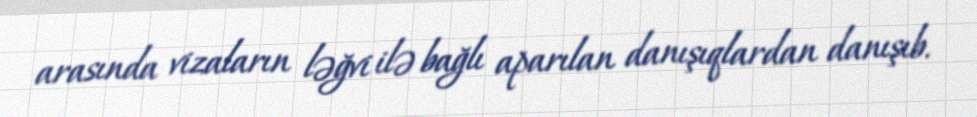
arasında vizaların ləğvi ilə bağlı aparılan danışıqlardan danışıb.